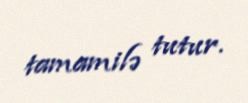
tamamilə tutur.